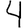
Digit: 4